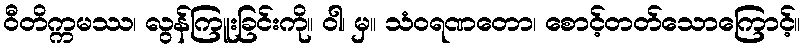
ဝီတိက္ကမဿ၊ လွန်ကြူးခြင်းကို။ ဝါ၊ မှ။ သံဝရဏတော၊ စောင့်တတ်သောကြောင့်။